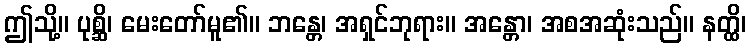
ဤသို့။ ပုစ္ဆိ၊ မေးတော်မူ၏။ ဘန္တေ၊ အရှင်ဘုရား။ အန္တော၊ အစအဆုံးသည်။ နတ္ထိ၊